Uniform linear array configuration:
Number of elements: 32
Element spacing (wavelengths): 1
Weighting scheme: exponential
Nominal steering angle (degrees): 15
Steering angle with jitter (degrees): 13.784
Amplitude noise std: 0.05
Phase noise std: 0.05

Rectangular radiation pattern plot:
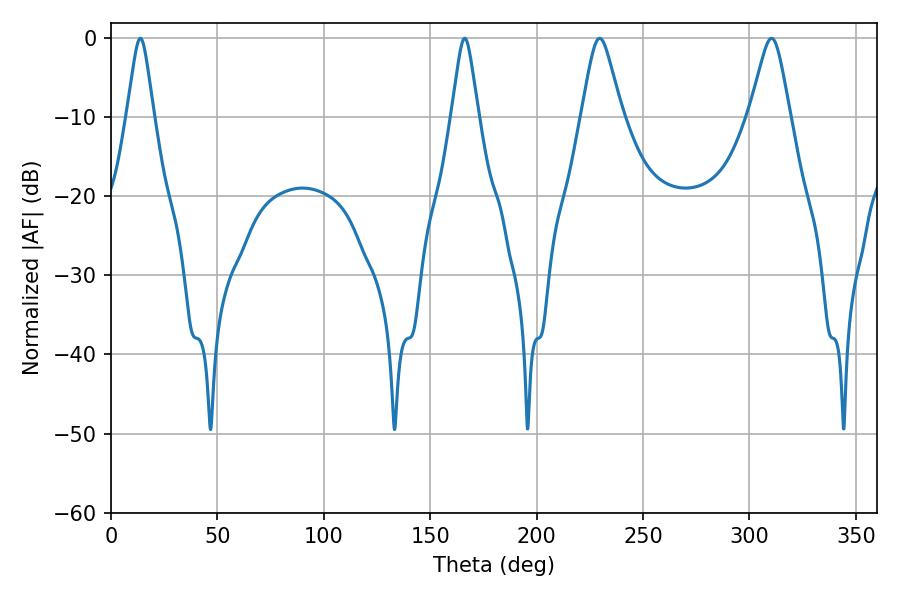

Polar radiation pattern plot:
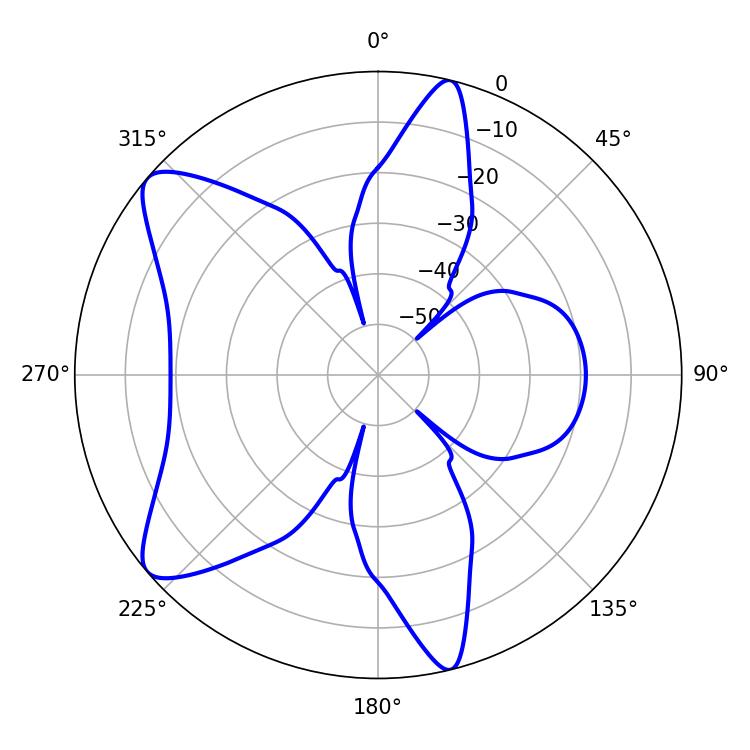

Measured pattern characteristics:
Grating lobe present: TRUE
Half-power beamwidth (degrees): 9
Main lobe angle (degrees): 229.68